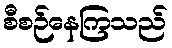
စီစဉ်နေကြသည်